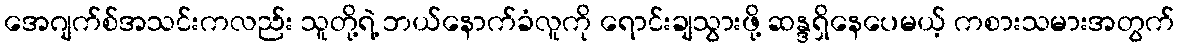
အေဂျက်စ်အသင်းကလည်း သူတို့ရဲ့ ဘယ်နောက်ခံလူကို ရောင်းချသွားဖို့ ဆန္ဒရှိနေပေမယ့် ကစားသမားအတွက်